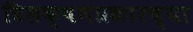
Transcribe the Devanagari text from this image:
विलक्षणप्रकारच्या